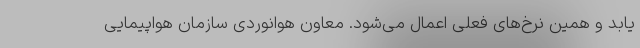
یابد و همین نرخ‌های فعلی اعمال می‌شود. معاون هوانوردی سازمان هواپیمایی